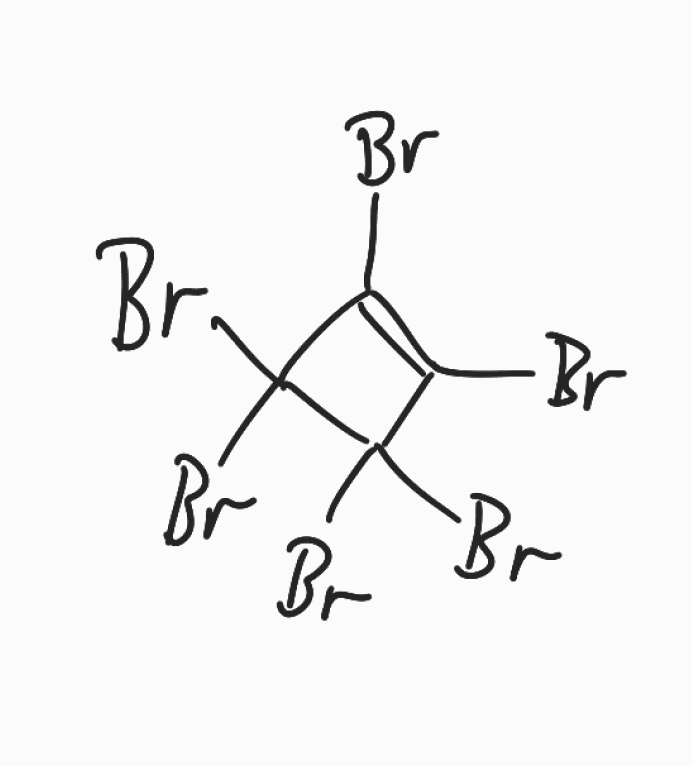
Simplified molecular-input line-entry system (SMILES) notation of the given molecule:
C1(=C(C(C1(Br)Br)(Br)Br)Br)Br